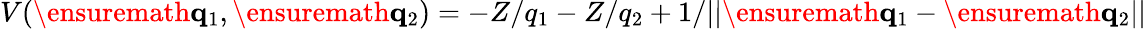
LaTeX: V(\ensuremath{\mathbf{q}}_{1},\ensuremath{\mathbf{q}}_{2})=-Z/q_{1}-Z/q_{2}+1/||\ensuremath{\mathbf{q}}_{1}-\ensuremath{\mathbf{q}}_{2}||